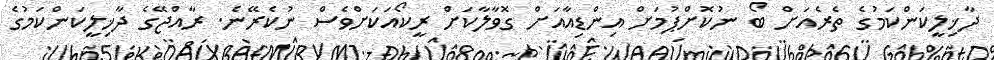
ދާޚިލީކަންކަމުގެ ތެރެއަށް ބޯ ނުކޮށްޕުމަށް އިންޑިއާއަށް ގޮވާލާކަށް ރީކޯއަކަށްވެސް ނުކެރޭނެ. ރާއްޖޭގެ ދާޚިލީކަންކަމުގެ